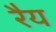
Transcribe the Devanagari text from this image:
रैय